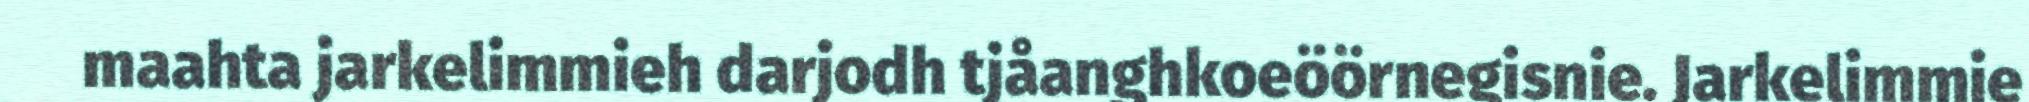
maahta jarkelimmieh darjodh tjåanghkoeöörnegisnie. Jarkelimmie